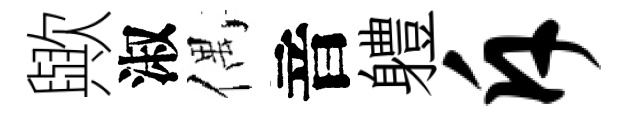
歟淑偶音軆斥